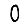
Digit: 0